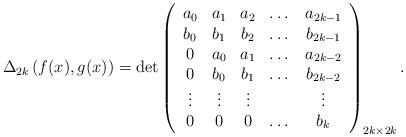
LaTeX: \begin{align*} \Delta_{2 k}\left( f(x),g(x) \right)= \det \left( \begin{array}{ccccc} a_0 & a_1 & a_2 & \dots & a_{2k-1}\\ b_0 & b_1 & b_2 & \dots & b_{2k-1}\\ 0 & a_0 & a_1 & \dots & a_{2k-2}\\ 0 & b_0 & b_1 & \dots & b_{2k-2}\\ \vdots&\vdots&\vdots& & \vdots\\ 0 & 0 & 0 & \dots & b_{k}\\ \end{array}\right)_{2k \times 2k}.\end{align*}